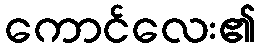
ကောင်လေး၏